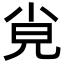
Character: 𡭪